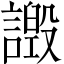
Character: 譭